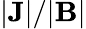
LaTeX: |\textbf{J}|/|\textbf{B}|